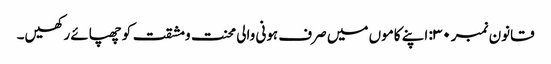
قانون نمبر ۳۰: اپنے کاموں میں صرف ہونی والی محنت ومشقت کو چھپائے رکھیں۔